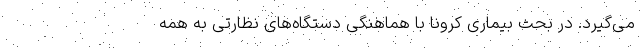
می‌گیرد. در بحث بیماری کرونا با هماهنگی دستگاه‌های نظارتی به همه